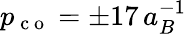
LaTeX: p_{\mathrm{~c~o~}}=\pm 17\, a_{B}^{-1}